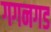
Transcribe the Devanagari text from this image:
गगनगड